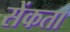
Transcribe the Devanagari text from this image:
सेंकता